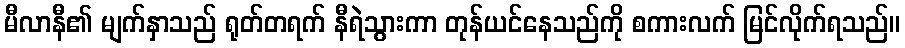
မီလာနီ၏ မျက်နှာသည် ရုတ်တရက် နီရဲသွားကာ တုန်ယင်နေသည်ကို စကားလက် မြင်လိုက်ရသည်။